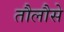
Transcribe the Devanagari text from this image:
तौलौसे